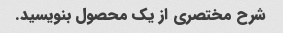
شرح مختصری از یک محصول بنویسید.